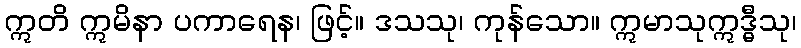
ဣတိ ဣမိနာ ပကာရေန၊ ဖြင့်။ ဒသသု၊ ကုန်သော။ ဣမာသုဣဒ္ဓီသု၊